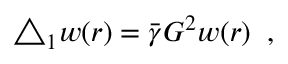
\triangle _ { 1 } w ( r ) = \bar { \gamma } G ^ { 2 } w ( r ) \; \; ,